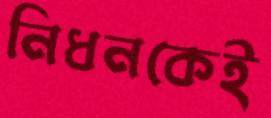
নিধনকেই